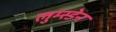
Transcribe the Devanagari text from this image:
लुम्स्डेन